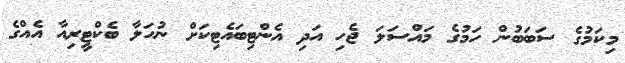
މިކަމުގެ ސަބަބުން ހަމުގެ މައްސަލަ ޖެހި އަދި އެންޓިބައެޓިކަށް ނުހަލާ ބެކްޓީރިއާ އެއްގެ